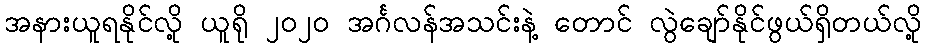
အနားယူရနိုင်လို့ ယူရို ၂၀၂၀ အင်္ဂလန်အသင်းနဲ့ တောင် လွဲချော်နိုင်ဖွယ်ရှိတယ်လို့